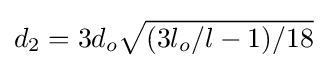
d_{2}=3d_{o}{\sqrt {(3l_{o}/l-1)/18}}